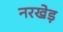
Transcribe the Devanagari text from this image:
नरखेड़